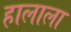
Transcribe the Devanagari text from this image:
हालाला